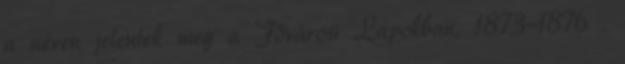
a néven jelentek meg a Fővárosi Lapokban, 1873–1876 .